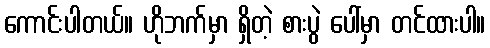
ကောင်းပါတယ်။ ဟိုဘက်မှာ ရှိတဲ့ စားပွဲ ပေါ်မှာ တင်ထားပါ။